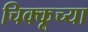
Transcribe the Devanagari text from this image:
चिक्कूच्या